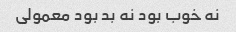
نه خوب بود نه بد بود معمولی